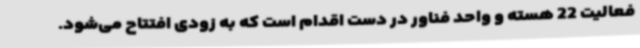
فعالیت 22 هسته و واحد فناور در دست اقدام است که به زودی افتتاح می‌شود.